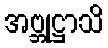
အဗ္ဘုဋ္ဌာသိ